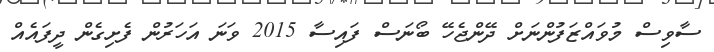
ސާވިސް މުވައްޒަފުންނަށް ދޭންޖެހޭ ބޯނަސް ފައިސާ 2015 ވަނަ އަހަރުން ފެށިގެން ދީފައެއް